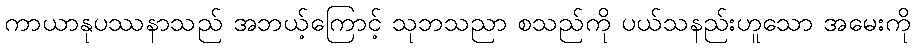
ကာယာနုပဿနာသည် အဘယ့်ကြောင့် သုဘသညာ စသည်ကို ပယ်သနည်းဟူသော အမေးကို